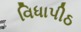
વિધાપીઠ